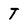
Character: t